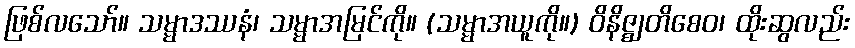
ဖြစ်လသော်။ သမ္မာဒဿနံ၊ သမ္မာအမြင်ကို။ (သမ္မာအယူကို။) ဝိနိဇ္ဈတိစေဝ၊ ထိုးဆွလည်း